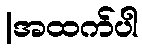
|အထက်ပါ